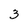
Character: 3